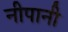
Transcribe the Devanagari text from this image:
नीपानी